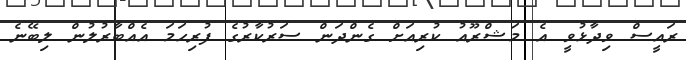
ރައީސް ވިދާޅުވީ އެ މަޝްރޫއު ކުރިއަށް ގެންދަން ސަރުކާރުގެ ފުރިހަމަ އެއްބާރުލުން ލިބޭނެ